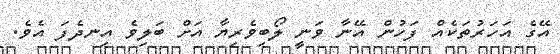
އޭގެ އަހަރުތަކެއް ފަހުން އޭނާ ވަނީ ލޯބިވެރިޔާ އަށް ބަލިވެ އިނދެފަ އެވެ.